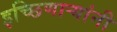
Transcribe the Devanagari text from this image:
इच्छिणाऱ्यांनी